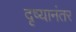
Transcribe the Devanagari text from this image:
दृष्यानंतर